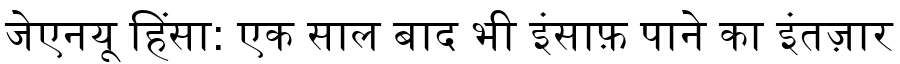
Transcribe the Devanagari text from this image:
जेएनयू हिंसा: एक साल बाद भी इंसाफ़ पाने का इंतज़ार